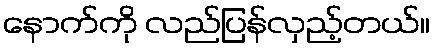
နောက်ကို လည်ပြန်လှည့်တယ်။